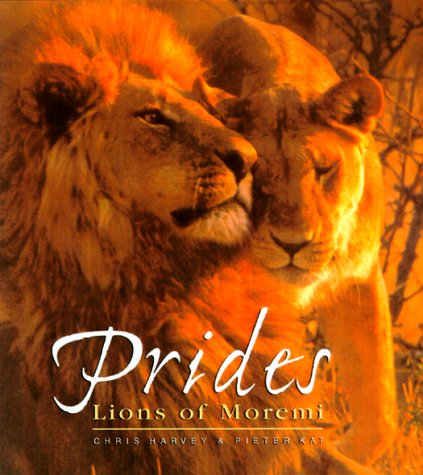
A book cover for Prides: The Lions of Moremi; Chris Harvey and Pieter Kat; Sports & Outdoors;